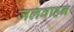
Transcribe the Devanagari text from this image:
जलवाहन